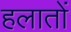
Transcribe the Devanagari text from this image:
हलातों